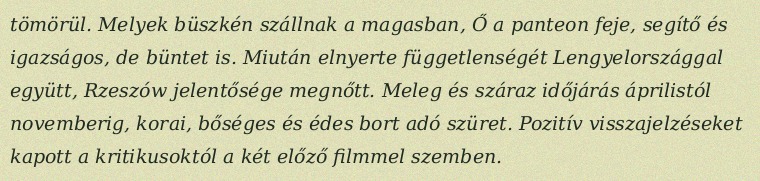
tömörül. Melyek büszkén szállnak a magasban, Ő a panteon feje, segítő és igazságos, de büntet is. Miután elnyerte függetlenségét Lengyelországgal együtt, Rzeszów jelentősége megnőtt. Meleg és száraz időjárás áprilistól novemberig, korai, bőséges és édes bort adó szüret. Pozitív visszajelzéseket kapott a kritikusoktól a két előző filmmel szemben.